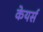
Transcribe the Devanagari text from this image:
केयर्स